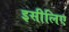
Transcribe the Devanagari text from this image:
इसीलिए